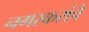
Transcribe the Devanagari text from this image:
नगरकरांचे